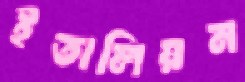
ইতালিয়ন